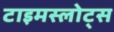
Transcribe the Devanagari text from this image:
टाइमस्लोट्स